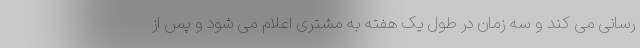
رسانی می کند و سه زمان در طول یک هفته به مشتری اعلام می شود و پس از